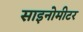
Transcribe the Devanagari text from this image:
साइनोमीटर